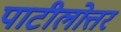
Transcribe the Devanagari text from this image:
पाटीलोत्तर